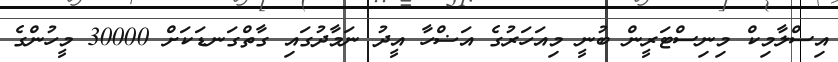
އިސްލާމިކް މިނިސްޓަރީން ބުނީ މިއަހަރުގެ އަޟްހާ އީދު ނަމާދުގައި ގާތްގަނޑަކަށް 30000 މީހުންގެ